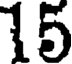
15